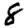
Digit: 8